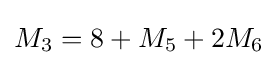
M_{3}=8+M_{5}+2M_{6}